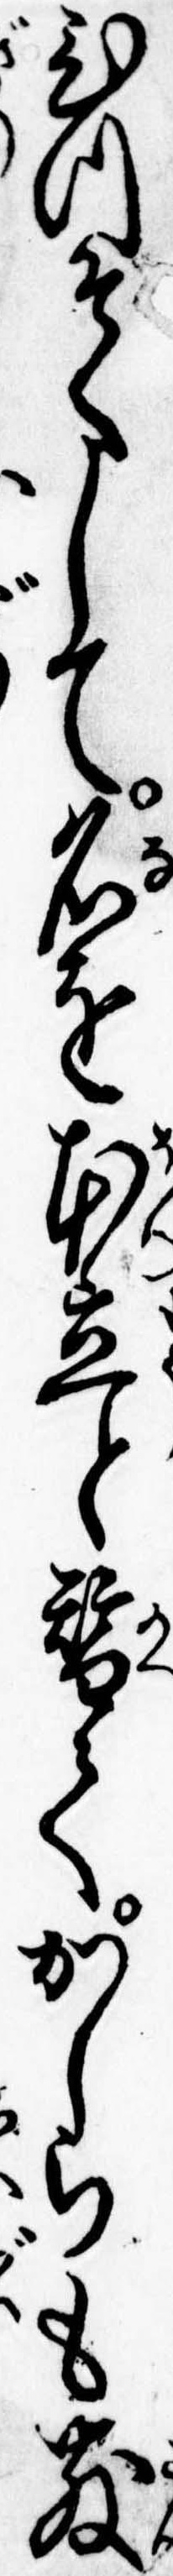
ひつそくして名を本立と替てかしらも散